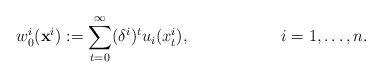
LaTeX: \begin{align*}w_0^i(\mathbf{x}^i):=\sum_{t=0}^\infty (\delta^i)^t u_i(x_t^i), & & i=1,\ldots,n. \end{align*}